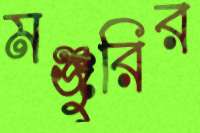
মঞ্জুরির